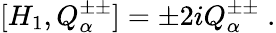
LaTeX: [H_{1},Q_{\alpha}^{\pm\pm}]=\pm 2iQ_{\alpha}^{\pm\pm}\; .